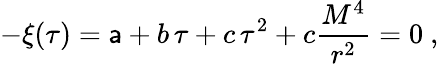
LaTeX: -\xi(\tau)=\mathsf{a}+b\, \tau+c\, \tau^{2}+c\frac{{M^{4}}}{{r^{2}}}=0\ ,